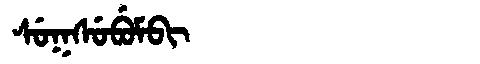
Manchu: ᠰᡠᡴᠰᡠᠪᡠᠮᠪᡳ
Romanization: SUKSUBUMBI